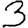
Digit: 3